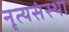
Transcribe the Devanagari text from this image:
नृत्यसंस्था